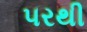
૫રથી